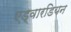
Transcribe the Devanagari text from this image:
एड्वारडियन